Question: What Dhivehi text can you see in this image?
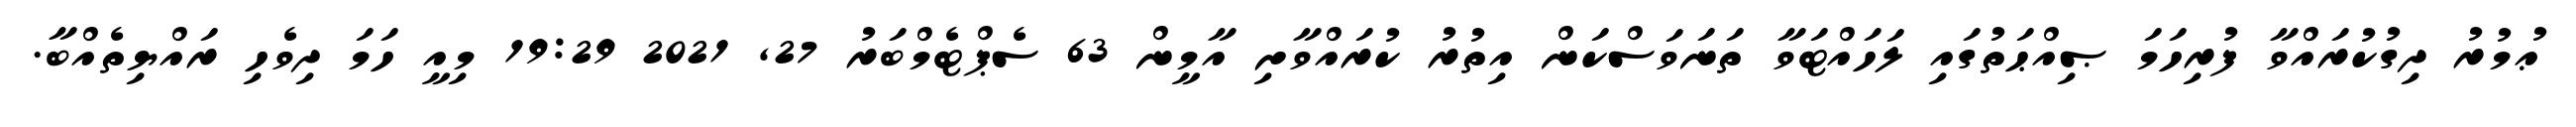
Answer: ޢުމުރު ދިގުކުރައްވާ ފުރިހަމަ ޞިއްޙަތުގައި ލަހައްޓަވާ ތަނަވަސްކަން އިތުރު ކުރައްވާށި އާމީން 63 ސެޕްޓެމްބަރު 27, 2021 19:29 މިއީ ހަމަ ދިވެހި ރައްޔިތެއްބާ.